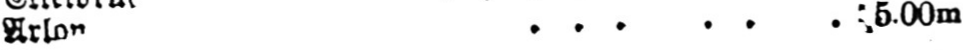
...... 5.00m